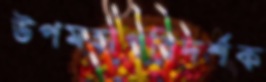
উপমহাপরিদর্শক